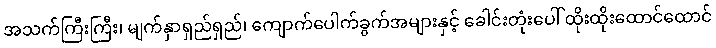
အသက်ကြီးကြီး၊ မျက်နှာရှည်ရှည်၊ ကျောက်ပေါက်ခွက်အများနှင့် ခေါင်းတုံးပေါ် ထိုးထိုးထောင်ထောင်